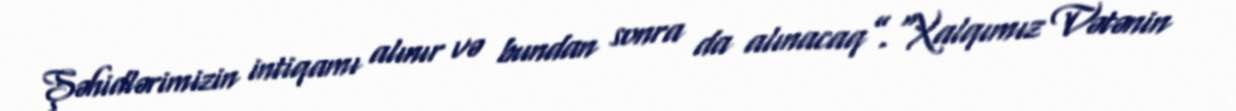
Şəhidlərimizin intiqamı alınır və bundan sonra da alınacaq”.“Xalqımız Vətənin